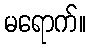
မရောက်။